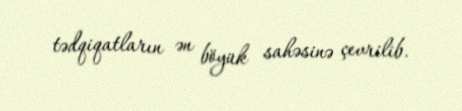
tədqiqatların ən böyük sahəsinə çevrilib.